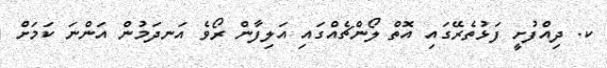
ކ. ދިއްފުށީ ފަޅުތެރޭގައި އޮތް ލޯންޗެއްގައި އަލިފާން ރޯވެ އަނދަމުން އަންނަ ކަމަށް